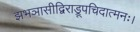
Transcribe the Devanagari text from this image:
झभञासीद्विराड्रूपचिदात्मनः।